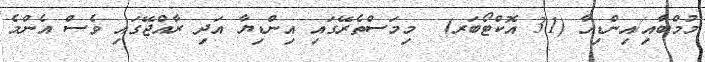
މުމްބާއި/އިންޑިއާ (31 އޮކްޓޯބަރ)  މިމަސްތެރޭގައި އިންޑިޔާ އަދި ރާއްޖޭގައި ވެސް އެންމެ